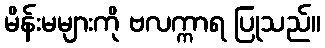
မိန်းမများကို ဗလက္ကာရ ပြုသည်။